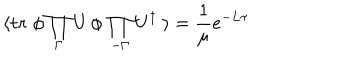
LaTeX: \langle \mathrm { \bf t r } \; \phi \prod _ { \Gamma } U \, \phi \, \prod _ { - \Gamma } U ^ { \dagger } \; \rangle = { \frac { 1 } { \mu } } e ^ { - L \tau }